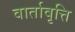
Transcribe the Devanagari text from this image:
वार्तावृत्ति